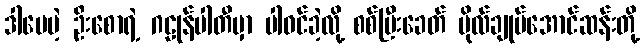
ဒါပေမဲ့ ဦးစောရဲ့ ဂဠုန်ပါတီမှာ ပါဝင်ခဲ့လို့ စစ်ပြီးခေတ် ဗိုလ်ချုပ်အောင်ဆန်းတို့